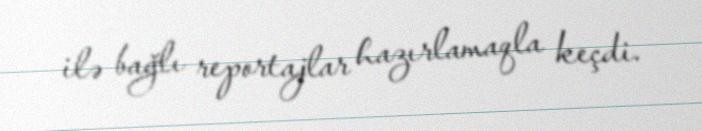
ilə bağlı reportajlar hazırlamaqla keçdi.